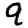
Digit: 9